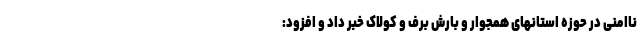
ناامنی در حوزه استانهای همجوار و بارش برف و کولاک خبر داد و افزود: